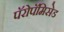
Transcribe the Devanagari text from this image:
पॅरोपॅमिसेड